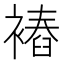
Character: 𧜧